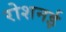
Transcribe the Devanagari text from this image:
रोशनई